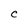
Character: C